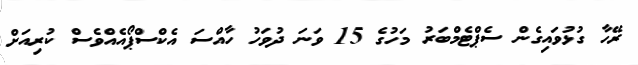
ރޭހާ ގުޅުވައިގެން ސެޕްޓެމްބަރު މަހުގެ 15 ވަނަ ދުވަހު ހާއްސަ އެކްސްޕޯއެއްވެސް ކުރިއަށް